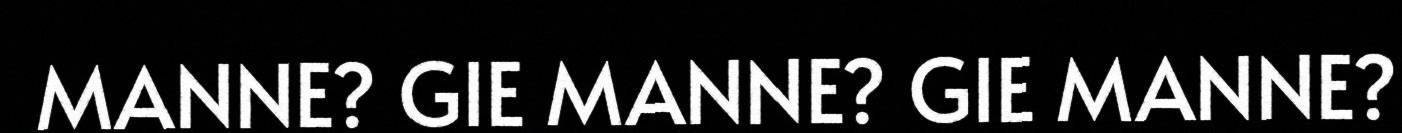
MANNE? GIE MANNE? GIE MANNE?